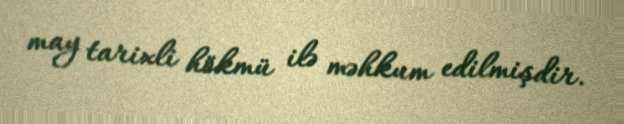
may tarixli hökmü ilə məhkum edilmişdir.